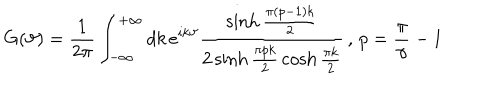
LaTeX: G ( \vartheta ) = \frac { 1 } { 2 \pi } \int _ { - \infty } ^ { + \infty } d k \, e ^ { i k \vartheta } \frac { \sinh \frac { \pi ( p - 1 ) k } { 2 } } { 2 \sinh \frac { \pi p k } { 2 } \, \cosh \frac { \pi k } { 2 } } \, , \, p = \frac { \pi } { \gamma } - 1